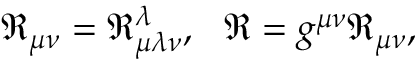
\Re _ { \mu \nu } = \Re _ { \mu \lambda \nu } ^ { \lambda } , \ \ \Re = g ^ { \mu \nu } \Re _ { \mu \nu } ,